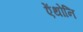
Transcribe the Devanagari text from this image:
ऐंथोनि